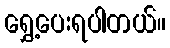
ရွှေ့ပေးရပါတယ်။